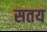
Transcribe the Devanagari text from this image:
सतय